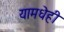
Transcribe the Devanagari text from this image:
यामधेही